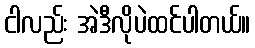
ငါလည်း အဲဒီလိုပဲထင်ပါတယ်။